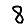
Digit: 8